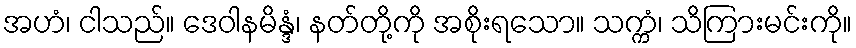
အဟံ၊ ငါသည်။ ဒေဝါနမိန္ဒံ၊ နတ်တို့ကို အစိုးရသော။ သက္ကံ၊ သိကြားမင်းကို။